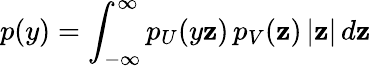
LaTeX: p(y)=\int_{-\infty}^{\infty}p_{U}(y\mathbf{z})\, p_{V}(\mathbf{z})\, |\mathbf{z}|\, d\mathbf{z}